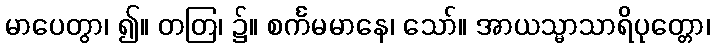
မာပေတွာ၊ ၍။ တတြ၊ ၌။ စင်္ကမမာနေ၊ သော်။ အာယသ္မာသာရိပုတ္တော၊